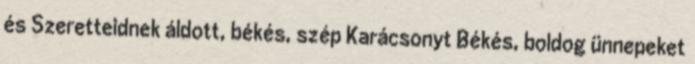
és Szeretteidnek áldott, békés, szép Karácsonyt Békés, boldog ünnepeket